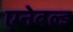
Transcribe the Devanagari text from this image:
एनेबल्ड